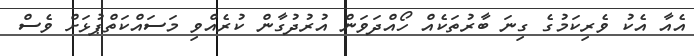
އެއާ އެކު ވެރިކަމުގެ ގިނަ ބާރުތަކެއް ހޯއްދަވަން އުރުދުގާން ކުރެއްވި މަސައްކަތްޕުޅަށް ވެސް